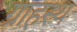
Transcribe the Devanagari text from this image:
ग्राहस्थ